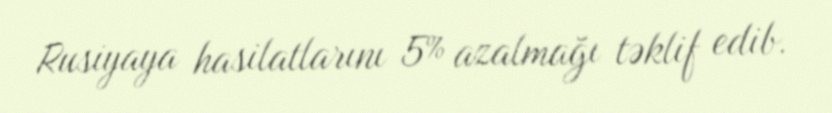
Rusiyaya hasilatlarını 5% azalmağı təklif edib.